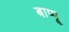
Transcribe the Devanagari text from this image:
बाप्पू